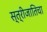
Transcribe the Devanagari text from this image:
स्त्रीजातिचा